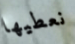
نعطيها